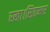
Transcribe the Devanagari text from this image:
रखा।सितम्बर